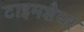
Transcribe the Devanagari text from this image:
टाइमशैयर